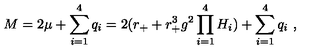
M = 2 \mu + \sum _ { i = 1 } ^ { 4 } q _ { i } = 2 ( r _ { + } + r _ { + } ^ { 3 } g ^ { 2 } \prod _ { i = 1 } ^ { 4 } H _ { i } ) + \sum _ { i = 1 } ^ { 4 } q _ { i } \ ,